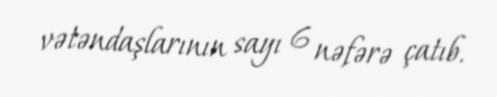
vətəndaşlarının sayı 6 nəfərə çatıb.